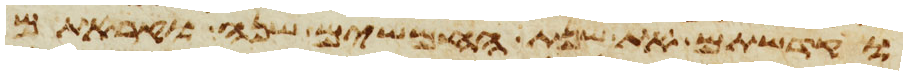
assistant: וקדשתם את שנת החמשים שנה וקראתם